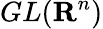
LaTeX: GL(\mathbf{R}^{n})